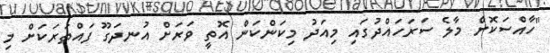
"ހާއްސަކޮށް މާލެ ސަރަހައްދުގައި މިއަދު މިކަންކަން އޮތީ ވަރަށް އުނދަގޫ ފައްތަރަކަށް މި